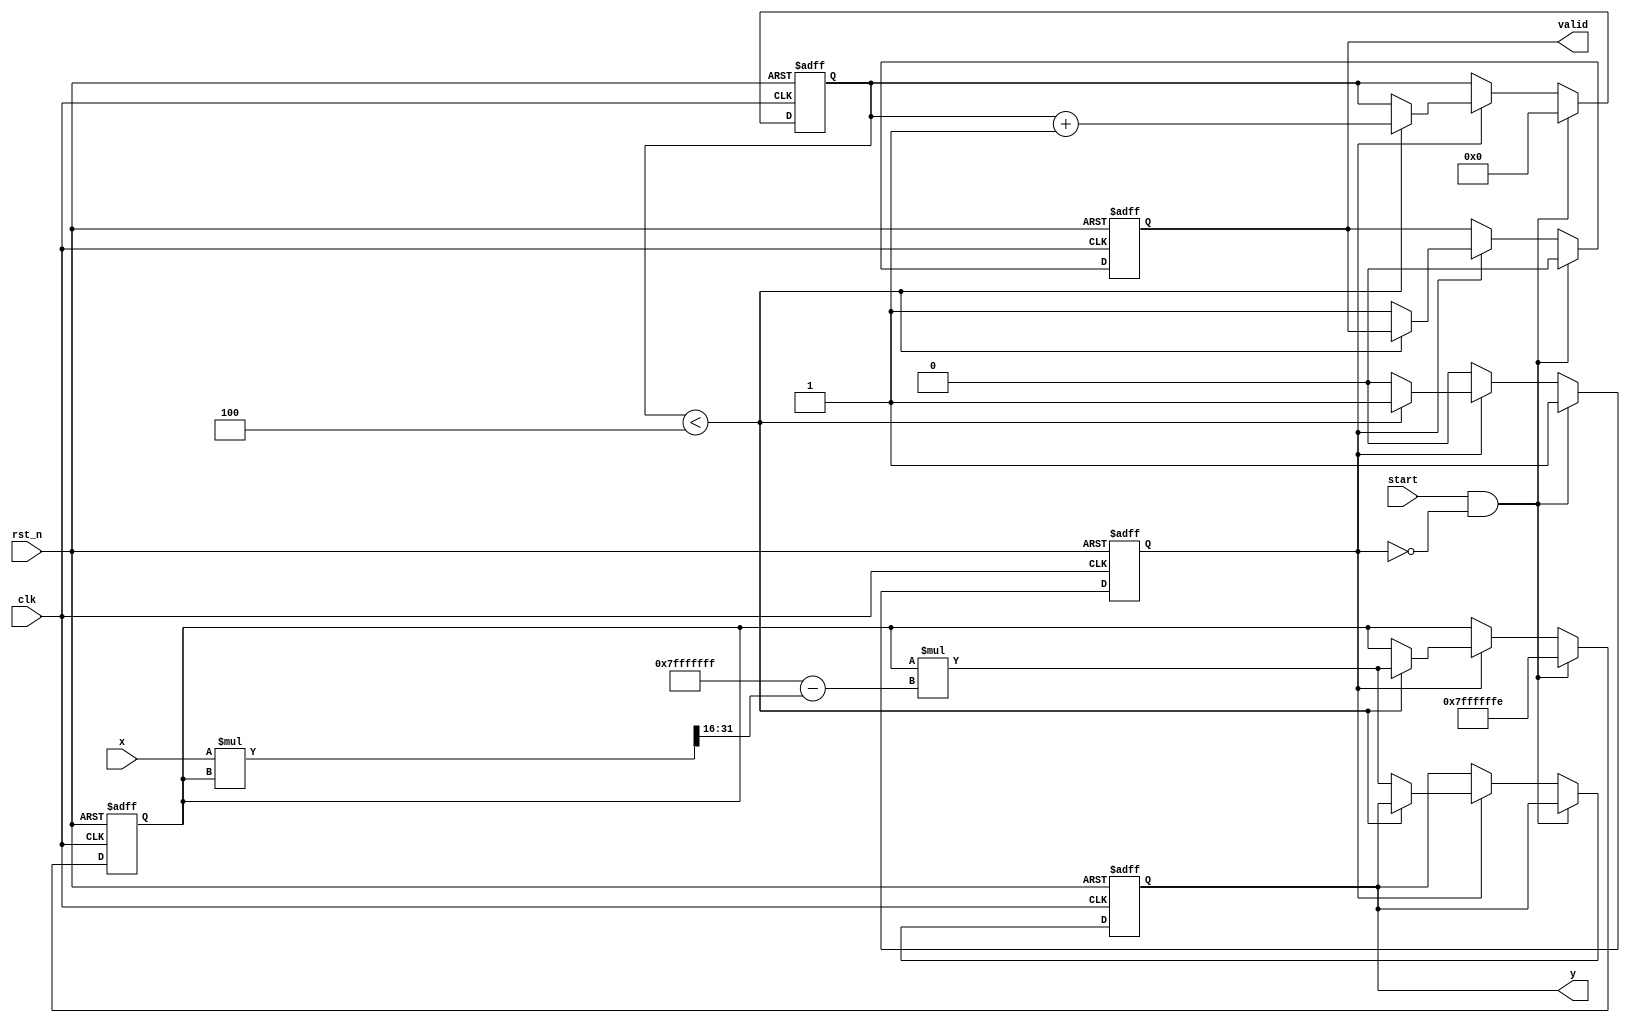
module binary_fractional_reciprocal #(
    parameter N = 16,  // Input width
    parameter M = 32   // Output width
)(
    input  wire clk,          // Clock signal
    input  wire rst_n,        // Active low reset
    input  wire [N-1:0] x,    // Input (0 < x < 1)
    input  wire start,        // Start signal for the computation
    output reg [M-1:0] y,     // Output (reciprocal of x)
    output reg valid          // Indicates output is valid
);

    // Internal states
    reg [M-1:0] estimate;       // Current estimate of reciprocal
    reg [3:0] iteration;         // Iteration counter
    reg computing;               // Flag for ongoing computation

    // Parameters for Newton-Raphson
    localparam [M-1:0] ONE = {1'b0, {M-1{1'b1}}}; // Fixed-point representation of 1

    // Newton-Raphson iteration: y(n+1) = y(n) * (2 - x * y(n))
    wire [M-1:0] next_estimate = estimate * (ONE - (x * estimate >> N));

    always @(posedge clk or negedge rst_n) begin
        if (!rst_n) begin
            y <= 0;
            valid <= 0;
            estimate <= 0;
            iteration <= 0;
            computing <= 0;
        end else if (start && !computing) begin
            // Initialize the computation
            estimate <= {1'b0, {M-2{1'b1}}, 1'b0}; // Initial estimate (e.g. 1.0)
            iteration <= 0;
            computing <= 1;
            valid <= 0;
        end else if (computing) begin
            if (iteration < 4) begin // Limiting to 4 iterations for convergence
                estimate <= next_estimate;
                iteration <= iteration + 1;
            end else begin
                // Finished computing
                y <= next_estimate;
                valid <= 1;
                computing <= 0;
            end
        end
    end
endmodule